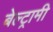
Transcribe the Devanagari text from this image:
बेल्ट्रामी